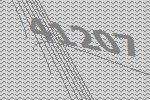
41207